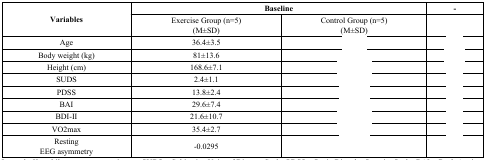
<table><thead><tr><td rowspan="2"><b>Variables</b></td><td colspan="2"><b>Baseline</b></td><td><b>-</b></td></tr></thead><tbody><tr><td>Exercise Group (n=5)(M±SD)</td><td>Control Group (n=5)(M±SD)</td><td>[EMPTY_CELL]</td></tr><tr><td>Age</td><td>36.4±3.5</td><td>[EMPTY_CELL]</td><td>[EMPTY_CELL]</td></tr><tr><td>Body weight (kg)</td><td>81±13.6</td><td>[EMPTY_CELL]</td><td>[EMPTY_CELL]</td></tr><tr><td>Height (cm)</td><td>168.6±7.1</td><td>[EMPTY_CELL]</td><td>[EMPTY_CELL]</td></tr><tr><td>SUDS</td><td>2.4±1.1</td><td>[EMPTY_CELL]</td><td>[EMPTY_CELL]</td></tr><tr><td>PDSS</td><td>13.8±2.4</td><td>[EMPTY_CELL]</td><td>[EMPTY_CELL]</td></tr><tr><td>BAI</td><td>29.6±7.4</td><td>[EMPTY_CELL]</td><td>[EMPTY_CELL]</td></tr><tr><td>BDI-II</td><td>21.6±10.7</td><td>[EMPTY_CELL]</td><td>[EMPTY_CELL]</td></tr><tr><td>VO2max </td><td>35.4±2.7</td><td>[EMPTY_CELL]</td><td>[EMPTY_CELL]</td></tr><tr><td>RestingEEG asymmetry</td><td>-0.0295</td><td>[EMPTY_CELL]</td><td>[EMPTY_CELL]</td></tr></tbody></table>